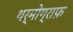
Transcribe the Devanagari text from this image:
थर्मोग्राफ़